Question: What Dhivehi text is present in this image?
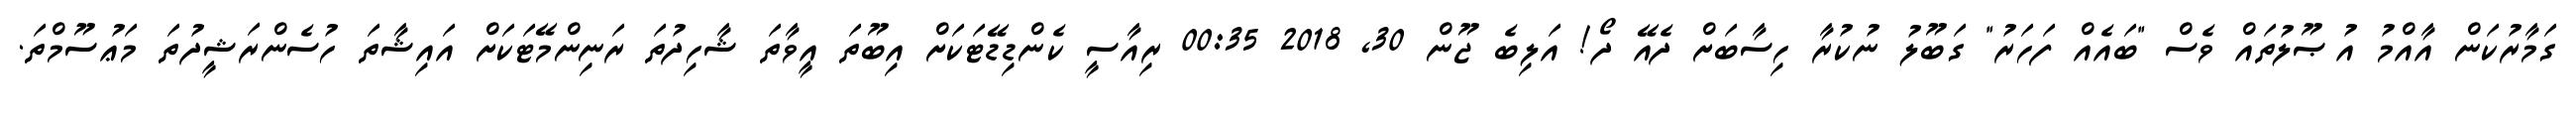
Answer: ގަމާރުކަން އާއްމު އުޞޫލުތައް ވެސް "ބައެއް ފަހަރު" ގަބޫލު ނުކުރާ ހިސާބަށް ދެއޭ ދޯ! އަލިބެ ޖޫން 30, 2018 00:35 ރިއާސީ ކެންޑިޑޭޓަކަށް އިބޫތަ އީވާތަ ޝާހިދުތަ ރަނިންމޭޓަކަށް އައިޝާތަ ހުސެންރަޝީދުތަ މަޢުސޫމްތަ.